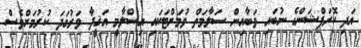
އަދި ކޮރަޕްޝަންގެ ނުބައި ވަބާއިން ސަލާމަތް ވުމަށްޓަކައި އިސްލާމީ އަޤީދާ ވަރުގަދަ ކުރުމަށްވެސް